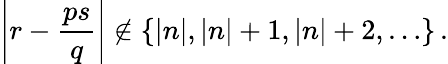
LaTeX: \left|r-\frac{ps}{q}\right|\not\in\{ |n|,|n|+1,|n|+2,\ldots\} \, .